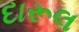
દારૂલ